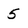
Character: 5